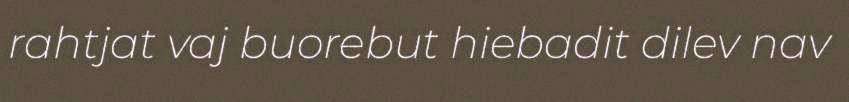
rahtjat vaj buorebut hiebadit dilev nav